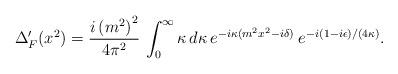
LaTeX: \begin{align*}\Delta_F' (x^2) ={i\left (m^2\right )^2\over 4\pi^2}\,\int_0^{\infty}\kappa\, d\kappa\,e^{-i\kappa (m^2x^2-i\delta )}\> e^{-i(1-i\epsilon )/(4\kappa )}.\end{align*}